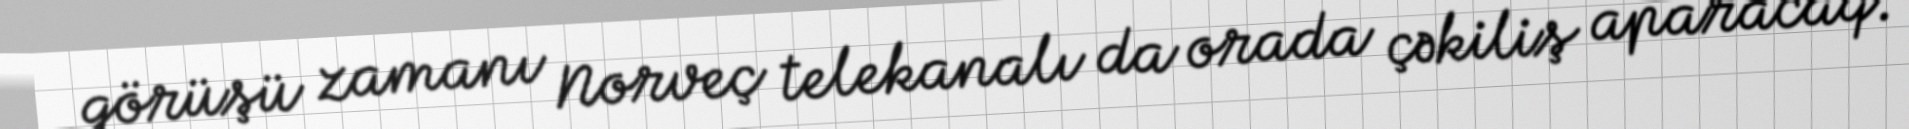
görüşü zamanı Norveç telekanalı da orada çəkiliş aparacaq.